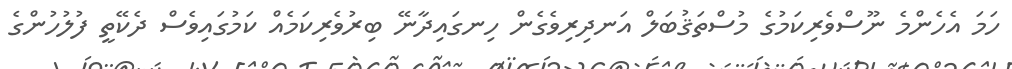
ހަމަ އެހެންމެ ނޫސްވެރިކަމުގެ މުސްތަޤުބަލް އަނދިރިވެގެން ހިނގައިދާނޭ ބިރުވެރިކަމެއް ކަމުގައިވެސް ދެކޭތީ ފުލުހުންގެ